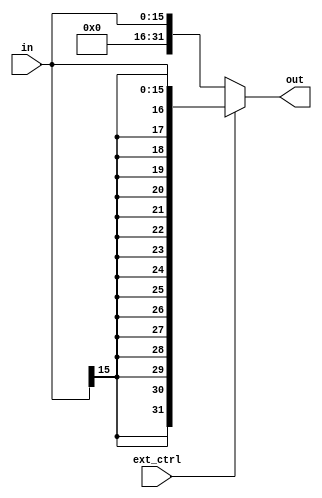
module extender(
in,
ext_ctrl,
out
);
input [15:0] in;
input ext_ctrl;
output [31:0] out;

assign out = (ext_ctrl == 1'b0)?{16'h0000,in}:{{16{in[15]}},in};

endmodule